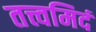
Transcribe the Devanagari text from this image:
तत्त्वमिदं